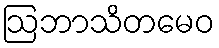
ဩဘာသိတမေဝ